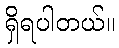
ရှိရပါတယ်။